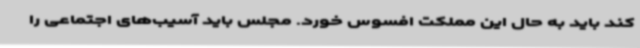
کند باید به حال این مملکت افسوس خورد. مجلس باید آسیب‌های اجتماعی را